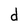
Character: d